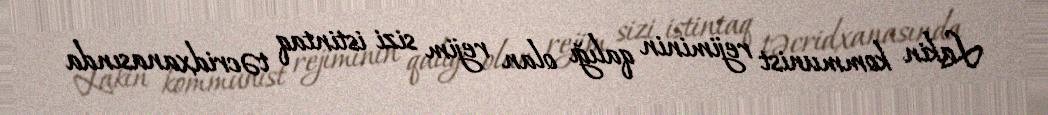
Lakin kommunist rejiminin qalığı olan rejim sizi istintaq təcridxanasında